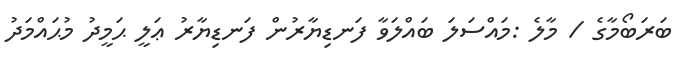
ބަރަބޯމާގެ / މާލެ :މައްސަލަ ބައްލަވާ ފަނޑިޔާރުން ފަނޑިޔާރު ޢަލީ ޙަމީދު މުޙައްމަދު